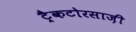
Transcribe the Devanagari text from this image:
ट्रैकटोरसाज़ी